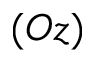
( O z )